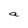
Character: a